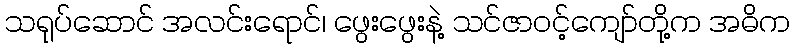
သရုပ်ဆောင် အလင်းရောင်၊ ဖွေးဖွေးနဲ့ သင်ဇာဝင့်ကျော်တို့က အဓိက